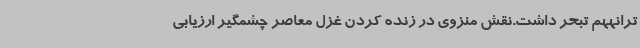
ترانههم تبحر داشت.نقش منزوی در زنده کردن غزل معاصر چشمگیر ارزیابی